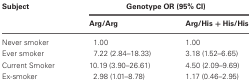
<table><thead><tr><td><b>Subject</b></td><td colspan="2"><b>Genotype OR (95% CI)</b></td></tr><tr><td></td><td><b>Arg/Arg</b></td><td><b>Arg/His + His/His</b></td></tr></thead><tbody><tr><td>Never smoker</td><td>1.00</td><td>1.00</td></tr><tr><td>Ever smoker</td><td>7.22 (2.84–18.33)</td><td>3.18 (1.52–6.65)</td></tr><tr><td>Current Smoker</td><td>10.19 (3.90–26.61)</td><td>4.50 (2.09–9.69)</td></tr><tr><td>Ex-smoker</td><td>2.98 (1.01–8.78)</td><td>1.17 (0.46–2.95)</td></tr></tbody></table>